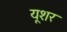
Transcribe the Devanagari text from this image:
यूशर